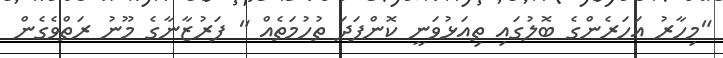
"މިހާރު އަހަރެންގެ ބޮލުގައި ތިއަޅުވަނީ ކޮންފަދަ ތުހުމަތެއް " ފަރުޒާނާގެ މޫނު ރަތްވެގެން